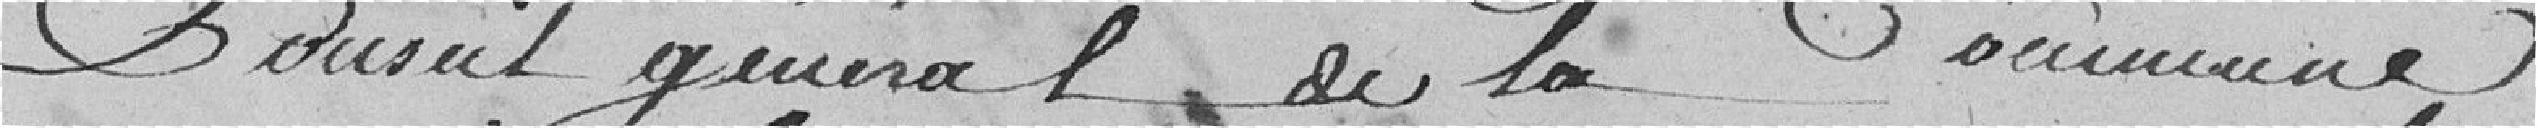
Conseil général de la Commune